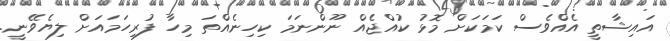
އައިޝާތީ އެއްވެސް ކަމަކަށް މޮޅު ކުއްޖެއް ނޫންނަމަ ކިހިނެއްތަ މިހާ ފުރިހަމައަށް ލިޔެވޭނީ.